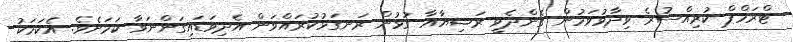
ޓްރަމްޕް ކުރިއްސުރެ ވިދާޅުވަމުން ގެންދެވީ ރަޝިޔާއާ ގުޅުން ރަނގަޅުކުރައްވަން އެދިވަޑައިގަންނަވާ ކަމަށެވެ. އެކަމަކު